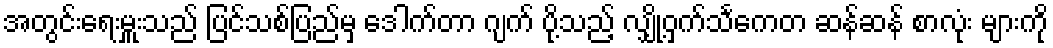
အတွင်းရေးမှူးသည် ပြင်သစ်ပြည်မှ ဒေါက်တာ ဂျက် ပို့သည့် လျှို့ဝှက်သင်္ကေတ ဆန်ဆန် စာလုံး များကို